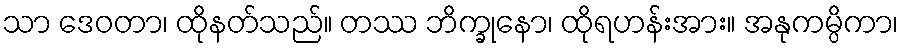
သာ ဒေဝတာ၊ ထိုနတ်သည်။ တဿ ဘိက္ခုနော၊ ထိုရဟန်းအား။ အနုကမ္ပိကာ၊